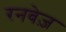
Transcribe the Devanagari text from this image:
रनवेज़